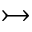
\rightarrowtail